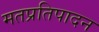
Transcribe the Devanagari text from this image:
मतप्रतिपादन